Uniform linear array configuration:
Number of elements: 4
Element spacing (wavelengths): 0.5
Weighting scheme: hamming
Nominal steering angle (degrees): -15
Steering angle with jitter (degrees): -13.529
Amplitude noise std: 0.05
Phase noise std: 0.05

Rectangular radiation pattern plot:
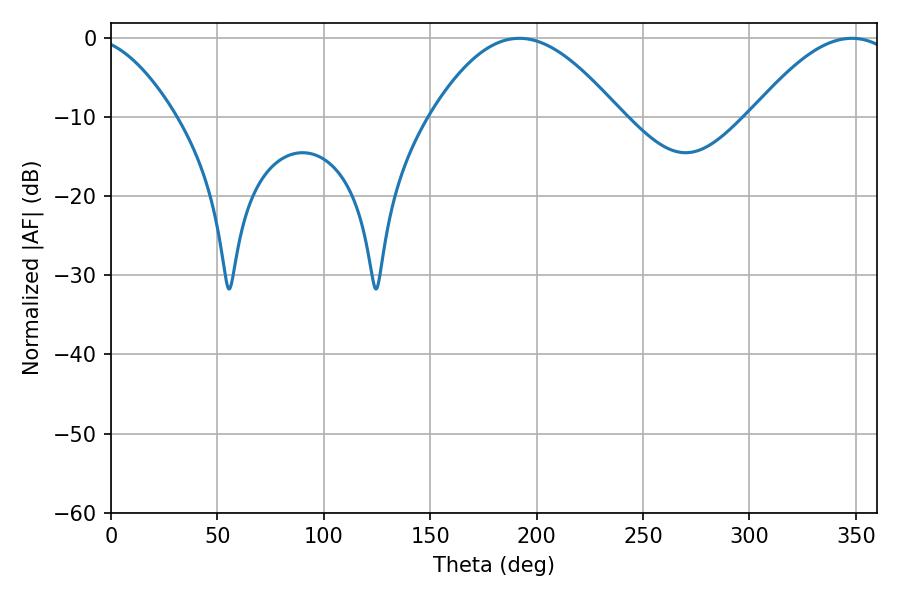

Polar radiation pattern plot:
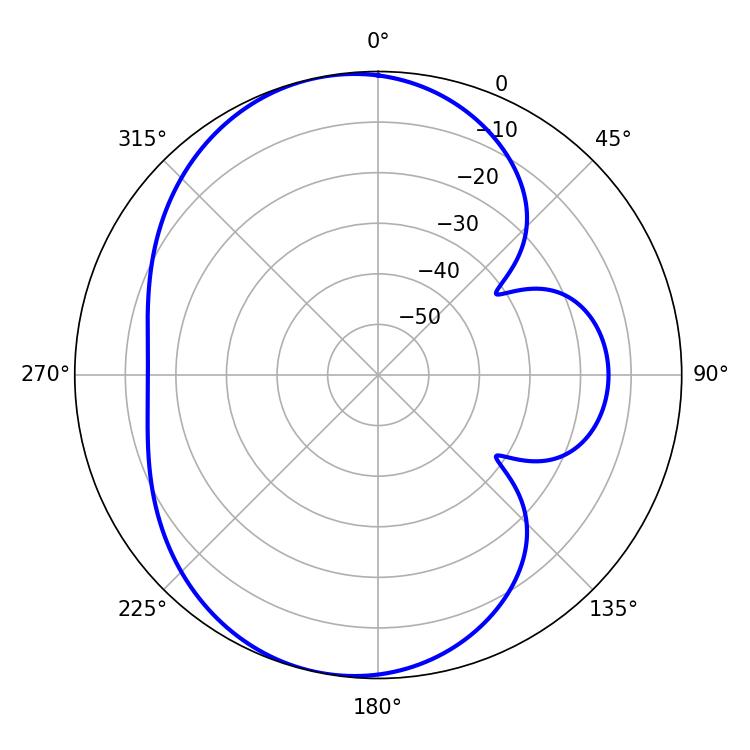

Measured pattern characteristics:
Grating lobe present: FALSE
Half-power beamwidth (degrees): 48.24
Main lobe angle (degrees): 191.88